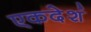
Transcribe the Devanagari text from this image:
एकदेशं